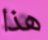
هذا